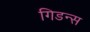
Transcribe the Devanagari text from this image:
गिडन्स